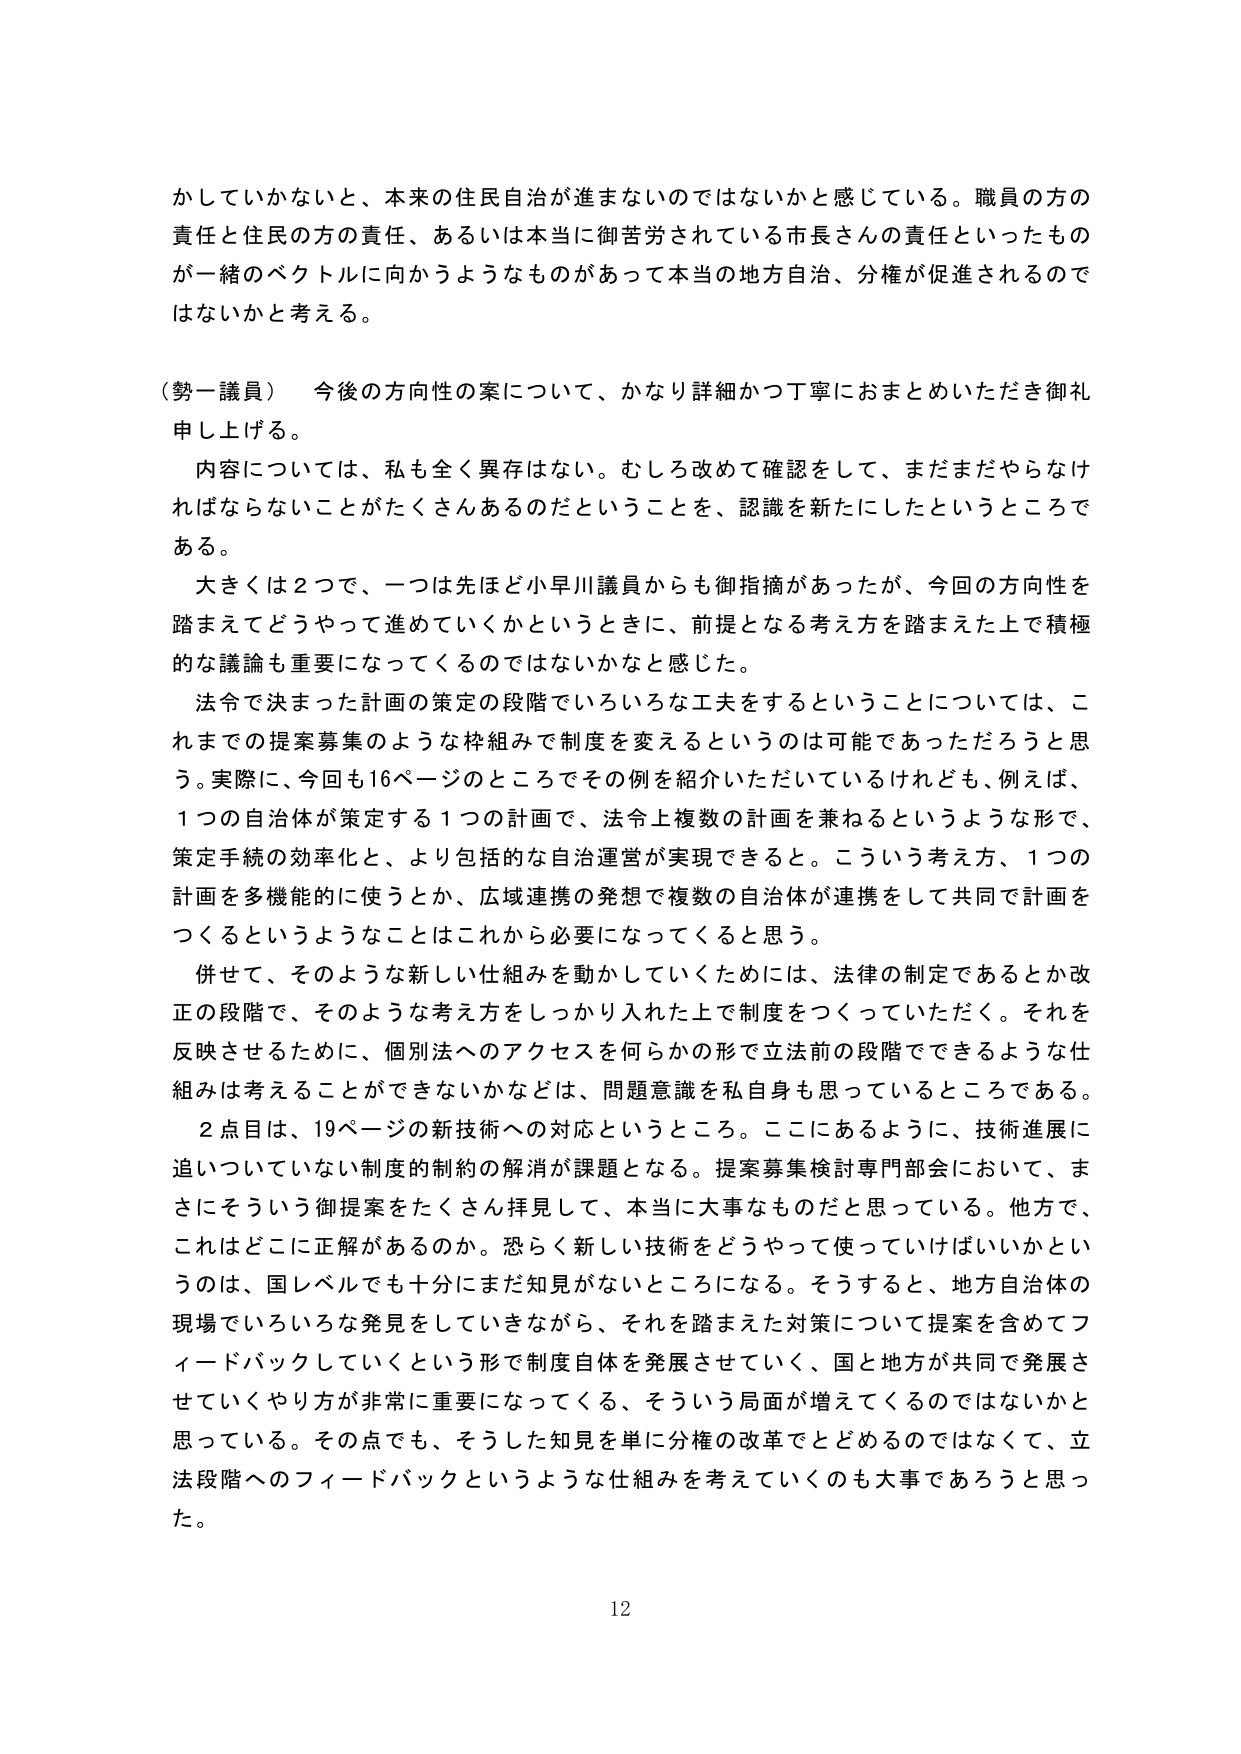
かしていかないと、本来の住民自治が進まないのではないかと感じている。職員の方の責任と住民の方の責任、あるいは本当に御苦労されている市長さんの責任といったものが一緒のベクトルに向かうようなものがあって本当の地方自治、分権が促進されるのではないかと考える。

（勢一議員） 今後の方向性の案について、かなり詳細かつ丁寧におまとめいただき御礼申し上げる。

内容については、私も全く異存はない。むしろ改めて確認をして、まだまだやらなければならないことがたくさんあるのだということを、認識を新たにしたというところである。

大きくは２つで、一つは先ほど小早川議員からも御指摘があったが、今回の方向性を踏まえてどうやって進めていくかというときに、前提となる考え方を踏まえた上で積極的な議論も重要になってくるのではないかと感じた。

法令で決まった計画の策定の段階でいろいろな工夫をするということについては、これまでの提案募集のような枠組みで制度を変えるというのは可能であっただろうと思う。実際に、今回も16ページのところでその例を紹介いただいているけれども、例えば、１つの自治体が策定する１つの計画で、法令上複数の計画を兼ねるというような形で、策定手続の効率化と、より包括的な自治運営が実現できると。こういう考え方、１つの計画を多機能的に使うとか、広域連携の発想で複数の自治体が連携をして共同で計画をつくるというようなことはこれから必要になってくると思う。

併せて、そのような新しい仕組みを動かしていくためには、法律の制定であるとか改正の段階で、そのような考え方をしっかり入れた上で制度をつくっていただく。それを反映させるために、個別法へのアクセスを何らかの形で立法前の段階でできるような仕組みは考えることができないかなどは、問題意識を私自身も思っているところである。

２点目は、19ページの新技術への対応というところ。ここにあるように、技術進展に追いついていない制度的制約の解消が課題となる。提案募集検討専門部会において、まさにそういう御提案をたくさん拝見して、本当に大事なものだと思っている。他方で、これはどこに正解があるのか。恐らく新しい技術をどうやって使っていけばいいかというのは、国レベルでも十分にまだ知見がないところになる。そうすると、地方自治体の現場でいろいろな発見をしていきながら、それを踏まえた対策について提案を含めてフィードバックしていくという形で制度自体を発展させていく、国と地方が共同で発展させていくやり方が非常に重要になってくる、そういう局面が増えてくるのではないかと思っている。その点でも、そうした知見を単に分権の改革でとどめるのではなくて、立法段階へのフィードバックというような仕組みを考えていくのも大事であろうと思った。

12